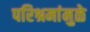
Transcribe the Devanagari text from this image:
परिश्रमांमुळे